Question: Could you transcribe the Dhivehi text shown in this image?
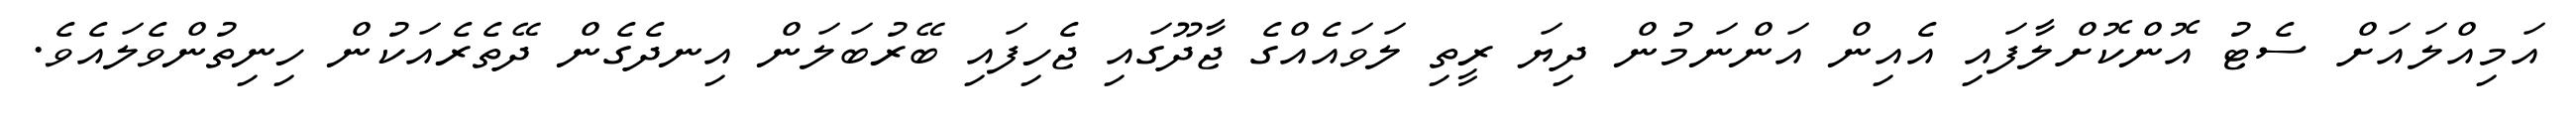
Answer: އަމިއްލައަށް ސެޓު އޮންކޮށްލާފައި އެއިން އަންނަމުން ދިޔަ ރީތި ލަވައެއްގެ ޖާދޫގައި ޖެހިފައި ބޭރުބަލަން އިނދެގެން ދޭތެރެއަކުން ހިނިތުންވެލައެވެ.